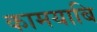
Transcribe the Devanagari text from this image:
कामयाबि